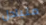
متبادل